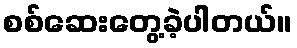
စစ်ဆေးတွေ့ခဲ့ပါတယ်။